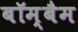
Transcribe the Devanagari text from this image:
बॉम्बैम